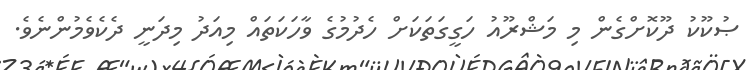
ޞުކޫކު ދޫކޮށްގެން މި މަޝްރޫއު ހަގީގަތަކަށް ހެދުމުގެ ވާހަކަތައް މިއަދު މިދަނީ ދެކެވެމުންނެވެ.